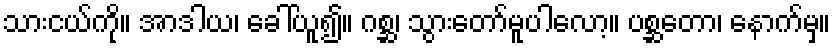
သားငယ်ကို။ အာဒါယ၊ ခေါ်ယူ၍။ ဂစ္ဆ၊ သွားတော်မူပါလော့။ ပစ္ဆတော၊ နောက်မှ။